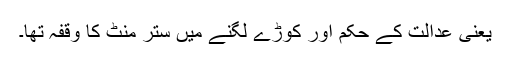
یعنی عدالت کے حکم اور کوڑے لگنے میں ستر منٹ کا وقفہ تھا۔